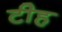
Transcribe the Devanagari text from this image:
टीह